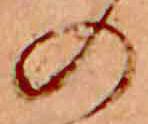
の